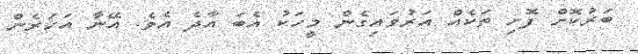
ބަރުކޮށް ފޮށި ތަކެއް އަރުވައިގެން މީހަކު އެބަ އާދެ އެވެ. އޭނާ އަހަރެން